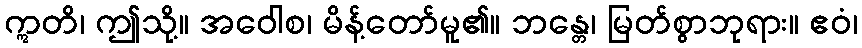
ဣတိ၊ ဤသို့။ အဝေါစ၊ မိန့်တော်မူ၏။ ဘန္တေ၊ မြတ်စွာဘုရား။ ဧဝံ၊